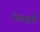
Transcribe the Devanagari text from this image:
निपजते